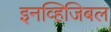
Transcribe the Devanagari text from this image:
इनव्हिजिबल